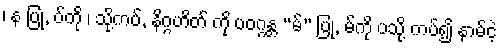
၊ န ပြု, ပ်ကို ၊ သို့ကပ်, နိဂ္ဂဟိတ် ကို ပဝဂ္ဂန္တ “မ်” ပြု, မ်ကို ပသို့ ကပ်၍ နာမ်ငဲ့